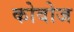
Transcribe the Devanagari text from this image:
कोवोज